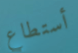
أستطاع